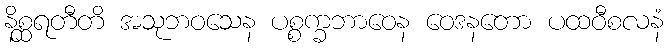
နိစ္ဆရတီတိ အသုဘဝသေန ပစ္စက္ခဘာဝေန ဝေဒနတော ပထဝီစလနံ